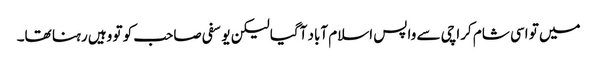
میں تو اسی شام کراچی سے واپس اسلام آباد آگیا لیکن یوسفی صاحب کو تو وہیں رہنا تھا۔